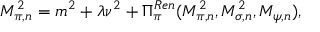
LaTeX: M _ { \pi , n } ^ { 2 } = m ^ { 2 } + \lambda \nu ^ { 2 } + \Pi _ { \pi } ^ { R e n } ( M _ { \pi , n } ^ { 2 } , M _ { \sigma , n } ^ { 2 } , M _ { \psi , n } ) ,